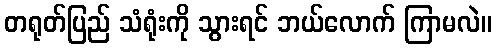
တရုတ်ပြည် သံရုံးကို သွားရင် ဘယ်လောက် ကြာမလဲ။